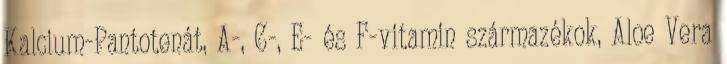
Kalcium-Pantotenát, A-, C-, E- és F-vitamin származékok, Aloe Vera